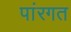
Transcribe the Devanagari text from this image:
पांरगत